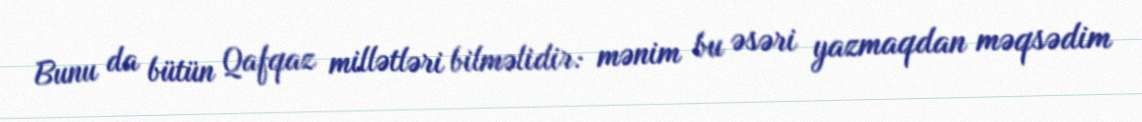
Bunu da bütün Qafqaz millətləri bilməlidir: mənim bu əsəri yazmaqdan məqsədim